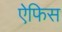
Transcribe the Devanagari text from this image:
ऐफिस